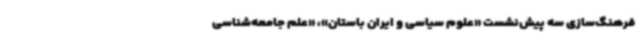
فرهنگ‌سازی سه پیش‌نشست «علوم سیاسی و ایران باستان»، «علم جامعه‌شناسی